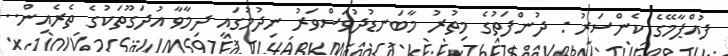
ފުއްޕާމޭގެ ކެންސަރު : ދުންފަތުގެ މިތުރު މާބަނޑުދުވަސްވަރު ނިދުމުގައި ދިމާވާ އުދަގޫތަކުގެ ތެރެއިން..